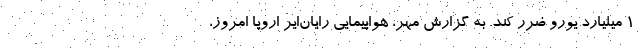
۱ میلیارد یورو ضرر کند. به گزارش مهر، هواپیمایی رایان‌ایر اروپا امروز،